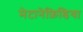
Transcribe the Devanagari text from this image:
मेटानेफ्रिडिया